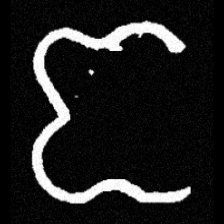
Pyu character \u2014 Myanmar letter: ဇ (romanized: ja)